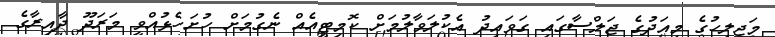
މަޖިލީހުގެ މިއަދުގެ ޖަލްސާގައި ގަވައިދު އެކުލަވާލުމަށް ކޮމިޓީއެއް ނެގުމަށް ހުށަހެޅުއްވީ މަރަދޫ ދާއިރާގެ